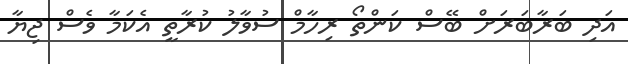
އަދި ބަރާބަރަށް ބޭސް ކަންތޯ ރިހާމް ސުވާލު ކުރާތީ އެކަމާ ވެސް ޖިޔާ